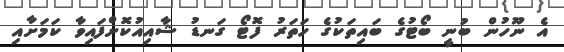
އެ ނޫހުން ބުނީ ބޯޓުގެ ބައިތަކުގެ ހަތަރު ފޮޓޯ ގަނޑު ޝާއިއުކޮށްފައިވާ ކަމަށާއި